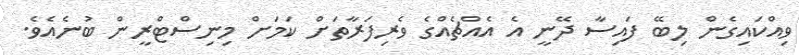
ވިއްކައިގެން ލިބޭ ފައިސާ ދޭނީ އެ އެއްޗެއްގެ ވެރިފަރާތަށް ކަމަށް މިނިސްޓްރީން ބުނެއެވެ.